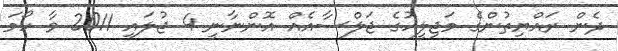
ދެން ރައްޔިތުންގެ މަޖިލީހުގެ ޖަލްސާއެއް އޮންނާނީ 4 ޖުލައި 2011 ވާ ހޯމަ